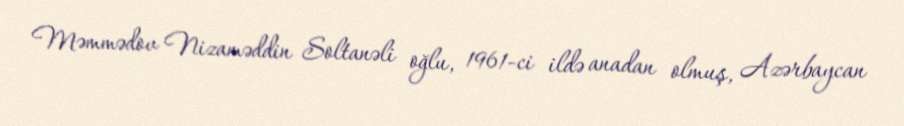
Məmmədov Nizaməddin Soltanəli oğlu, 1961-ci ildə anadan olmuş, Azərbaycan